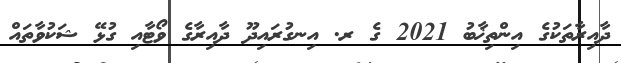
ދާއިރާތަކުގެ އިންތިޚާބު 2021 ގެ ރ. އިނގުރައިދޫ ދާއިރާގެ ވޯޓާއި ގުޅޭ ޝަކުވާތައް